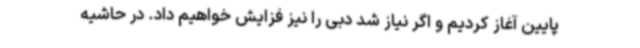
پایین آغاز کردیم و اگر نیاز شد دبی را نیز فزایش خواهیم داد. در حاشیه